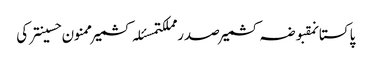
پاکستانمقبوضہ کشمیرصدر مملکتمسئلہ کشمیرممنون حسینترکی